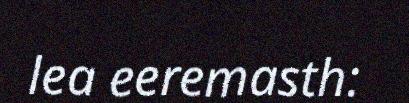
lea eeremasth: